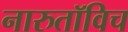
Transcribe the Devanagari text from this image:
नारुतॉविच